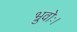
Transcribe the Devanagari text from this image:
भ्रुवोः।